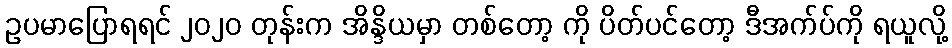
ဥပမာပြောရရင် ၂၀၂၀ တုန်းက အိန္ဒိယမှာ တစ်တော့ ကို ပိတ်ပင်တော့ ဒီအက်ပ်ကို ရယူလို့